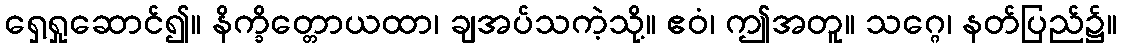
ရှေ့ရှုဆောင်၍။ နိက္ခိတ္တောယထာ၊ ချအပ်သကဲ့သို့။ ဧဝံ၊ ဤအတူ။ သဂ္ဂေ၊ နတ်ပြည်၌။